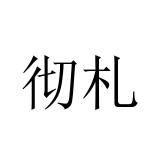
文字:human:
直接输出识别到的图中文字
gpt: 彻札